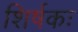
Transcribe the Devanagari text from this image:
शिर्षकः